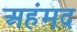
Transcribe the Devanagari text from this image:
अहंमद